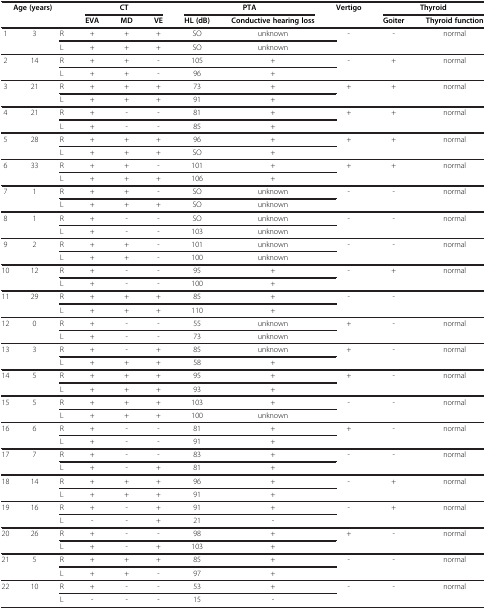
<table><thead><tr><td rowspan="2" colspan="3"><b>Age (years)</b></td><td colspan="3"><b>CT</b></td><td colspan="2"><b>PTA</b></td><td rowspan="2"><b>Vertigo</b></td><td colspan="2"><b>Thyroid</b></td></tr><tr><td><b>EVA</b></td><td><b>MD</b></td><td><b>VE</b></td><td><b>HL (dB)</b></td><td><b>Conductive hearing loss</b></td><td><b>Goiter</b></td><td><b>Thyroid function</b></td></tr></thead><tbody><tr><td rowspan="2">1</td><td rowspan="2">3</td><td>R</td><td>+</td><td>+</td><td>+</td><td>SO</td><td>unknown</td><td rowspan="2">-</td><td rowspan="2">-</td><td rowspan="2">normal</td></tr><tr><td>L</td><td>+</td><td>+</td><td>+</td><td>SO</td><td>unknown</td></tr><tr><td rowspan="2">2</td><td rowspan="2">14</td><td>R</td><td>+</td><td>+</td><td>-</td><td>105</td><td>+</td><td rowspan="2">-</td><td rowspan="2">+</td><td rowspan="2">normal</td></tr><tr><td>L</td><td>+</td><td>+</td><td>-</td><td>96</td><td>+</td></tr><tr><td rowspan="2">3</td><td rowspan="2">21</td><td>R</td><td>+</td><td>+</td><td>+</td><td>73</td><td>+</td><td rowspan="2">+</td><td rowspan="2">+</td><td rowspan="2">normal</td></tr><tr><td>L</td><td>+</td><td>+</td><td>+</td><td>91</td><td>+</td></tr><tr><td rowspan="2">4</td><td rowspan="2">21</td><td>R</td><td>+</td><td>-</td><td>-</td><td>81</td><td>+</td><td rowspan="2">+</td><td rowspan="2">+</td><td rowspan="2">normal</td></tr><tr><td>L</td><td>+</td><td>-</td><td>-</td><td>85</td><td>+</td></tr><tr><td rowspan="2">5</td><td rowspan="2">28</td><td>R</td><td>+</td><td>+</td><td>+</td><td>96</td><td>+</td><td rowspan="2">+</td><td rowspan="2">+</td><td rowspan="2">normal</td></tr><tr><td>L</td><td>+</td><td>+</td><td>+</td><td>SO</td><td>+</td></tr><tr><td rowspan="2">6</td><td rowspan="2">33</td><td>R</td><td>+</td><td>+</td><td>-</td><td>101</td><td>+</td><td rowspan="2">+</td><td rowspan="2">+</td><td rowspan="2">normal</td></tr><tr><td>L</td><td>+</td><td>+</td><td>+</td><td>106</td><td>+</td></tr><tr><td rowspan="2">7</td><td rowspan="2">1</td><td>R</td><td>+</td><td>+</td><td>-</td><td>SO</td><td>unknown</td><td rowspan="2">-</td><td rowspan="2">-</td><td rowspan="2">normal</td></tr><tr><td>L</td><td>+</td><td>+</td><td>+</td><td>SO</td><td>unknown</td></tr><tr><td rowspan="2">8</td><td rowspan="2">1</td><td>R</td><td>+</td><td>-</td><td>-</td><td>SO</td><td>unknown</td><td rowspan="2">-</td><td rowspan="2">-</td><td rowspan="2">normal</td></tr><tr><td>L</td><td>+</td><td>-</td><td>-</td><td>103</td><td>unknown</td></tr><tr><td rowspan="2">9</td><td rowspan="2">2</td><td>R</td><td>+</td><td>+</td><td>-</td><td>101</td><td>unknown</td><td rowspan="2">-</td><td rowspan="2">-</td><td rowspan="2">normal</td></tr><tr><td>L</td><td>+</td><td>+</td><td>-</td><td>100</td><td>unknown</td></tr><tr><td rowspan="2">10</td><td rowspan="2">12</td><td>R</td><td>+</td><td>-</td><td>-</td><td>95</td><td>+</td><td rowspan="2">-</td><td rowspan="2">+</td><td rowspan="2">normal</td></tr><tr><td>L</td><td>+</td><td>-</td><td>-</td><td>100</td><td>+</td></tr><tr><td rowspan="2">11</td><td rowspan="2">29</td><td>R</td><td>+</td><td>+</td><td>+</td><td>85</td><td>+</td><td rowspan="2">-</td><td rowspan="2">-</td><td rowspan="2"> </td></tr><tr><td>L</td><td>+</td><td>+</td><td>+</td><td>110</td><td>+</td></tr><tr><td rowspan="2">12</td><td rowspan="2">0</td><td>R</td><td>+</td><td>-</td><td>-</td><td>55</td><td>unknown</td><td rowspan="2">+</td><td rowspan="2">-</td><td rowspan="2">normal</td></tr><tr><td>L</td><td>+</td><td>-</td><td>-</td><td>73</td><td>unknown</td></tr><tr><td rowspan="2">13</td><td rowspan="2">3</td><td>R</td><td>+</td><td>-</td><td>+</td><td>85</td><td>unknown</td><td rowspan="2">+</td><td rowspan="2">-</td><td rowspan="2">normal</td></tr><tr><td>L</td><td>+</td><td>+</td><td>+</td><td>58</td><td>+</td></tr><tr><td rowspan="2">14</td><td rowspan="2">5</td><td>R</td><td>+</td><td>+</td><td>+</td><td>95</td><td>+</td><td rowspan="2">+</td><td rowspan="2">-</td><td rowspan="2">normal</td></tr><tr><td>L</td><td>+</td><td>+</td><td>+</td><td>93</td><td>+</td></tr><tr><td rowspan="2">15</td><td rowspan="2">5</td><td>R</td><td>+</td><td>+</td><td>+</td><td>103</td><td>+</td><td rowspan="2">-</td><td rowspan="2">-</td><td rowspan="2">normal</td></tr><tr><td>L</td><td>+</td><td>+</td><td>+</td><td>100</td><td>unknown</td></tr><tr><td rowspan="2">16</td><td rowspan="2">6</td><td>R</td><td>+</td><td>-</td><td>-</td><td>81</td><td>+</td><td rowspan="2">+</td><td rowspan="2">-</td><td rowspan="2">normal</td></tr><tr><td>L</td><td>+</td><td>-</td><td>-</td><td>91</td><td>+</td></tr><tr><td rowspan="2">17</td><td rowspan="2">7</td><td>R</td><td>+</td><td>-</td><td>-</td><td>83</td><td>+</td><td rowspan="2">-</td><td rowspan="2">-</td><td rowspan="2">normal</td></tr><tr><td>L</td><td>+</td><td>-</td><td>+</td><td>81</td><td>+</td></tr><tr><td rowspan="2">18</td><td rowspan="2">14</td><td>R</td><td>+</td><td>+</td><td>+</td><td>96</td><td>+</td><td rowspan="2">-</td><td rowspan="2">+</td><td rowspan="2">normal</td></tr><tr><td>L</td><td>+</td><td>+</td><td>+</td><td>91</td><td>+</td></tr><tr><td rowspan="2">19</td><td rowspan="2">16</td><td>R</td><td>+</td><td>-</td><td>+</td><td>91</td><td>+</td><td rowspan="2">-</td><td rowspan="2">+</td><td rowspan="2">normal</td></tr><tr><td>L</td><td>-</td><td>-</td><td>+</td><td>21</td><td>-</td></tr><tr><td rowspan="2">20</td><td rowspan="2">26</td><td>R</td><td>+</td><td>-</td><td>-</td><td>98</td><td>+</td><td rowspan="2">+</td><td rowspan="2">-</td><td rowspan="2">normal</td></tr><tr><td>L</td><td>+</td><td>-</td><td>+</td><td>103</td><td>+</td></tr><tr><td rowspan="2">21</td><td rowspan="2">5</td><td>R</td><td>+</td><td>+</td><td>+</td><td>85</td><td>+</td><td rowspan="2">-</td><td rowspan="2">-</td><td rowspan="2">normal</td></tr><tr><td>L</td><td>+</td><td>+</td><td>-</td><td>97</td><td>+</td></tr><tr><td rowspan="2">22</td><td rowspan="2">10</td><td>R</td><td>+</td><td>-</td><td>-</td><td>53</td><td>+</td><td rowspan="2">-</td><td rowspan="2">-</td><td rowspan="2">normal</td></tr><tr><td>L</td><td>-</td><td>-</td><td>-</td><td>15</td><td>-</td></tr></tbody></table>